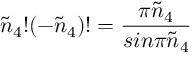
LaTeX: \tilde { n } _ { 4 } ! ( - \tilde { n } _ { 4 } ) ! = { \frac { \pi \tilde { n } _ { 4 } } { s i n \pi \tilde { n } _ { 4 } } }